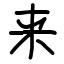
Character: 来